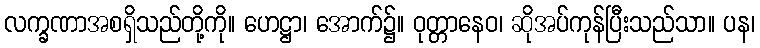
လက္ခဏာအစရှိသည်တို့ကို။ ဟေဋ္ဌာ၊ အောက်၌။ ဝုတ္တာနေဝ၊ ဆိုအပ်ကုန်ပြီးသည်သာ။ ပန၊